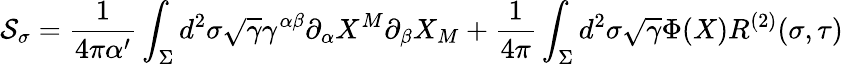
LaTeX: {\cal S}_{\sigma}=\frac{1}{4\pi\alpha^{\prime}}\int_{\Sigma}d^{2}\sigma\sqrt{\gamma}\gamma^{\alpha\beta}\partial_{\alpha}X^{M}\partial_{\beta}X_{M}+\frac{1}{4\pi}\int_{\Sigma}d^{2}\sigma\sqrt{\gamma}\Phi(X)R^{(2)}(\sigma,\tau)